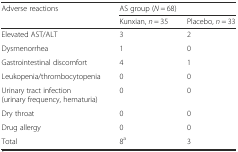
<table><thead><tr><td rowspan="2"><b>Adverse reactions</b></td><td colspan="2"><b>AS group (<i>N</i> = 68)</b></td></tr><tr><td><b>Kunxian, <i>n</i> = 35</b></td><td><b>Placebo, <i>n</i> = 33</b></td></tr></thead><tbody><tr><td>Elevated AST/ALT</td><td>3</td><td>2</td></tr><tr><td>Dysmenorrhea</td><td>1</td><td>0</td></tr><tr><td>Gastrointestinal discomfort</td><td>4</td><td>1</td></tr><tr><td>Leukopenia/thrombocytopenia</td><td>0</td><td>0</td></tr><tr><td>Urinary tract infection (urinary frequency, hematuria)</td><td>0</td><td>0</td></tr><tr><td>Dry throat</td><td>0</td><td>0</td></tr><tr><td>Drug allergy</td><td>0</td><td>0</td></tr><tr><td>Total</td><td>8<sup>a</sup></td><td>3</td></tr></tbody></table>